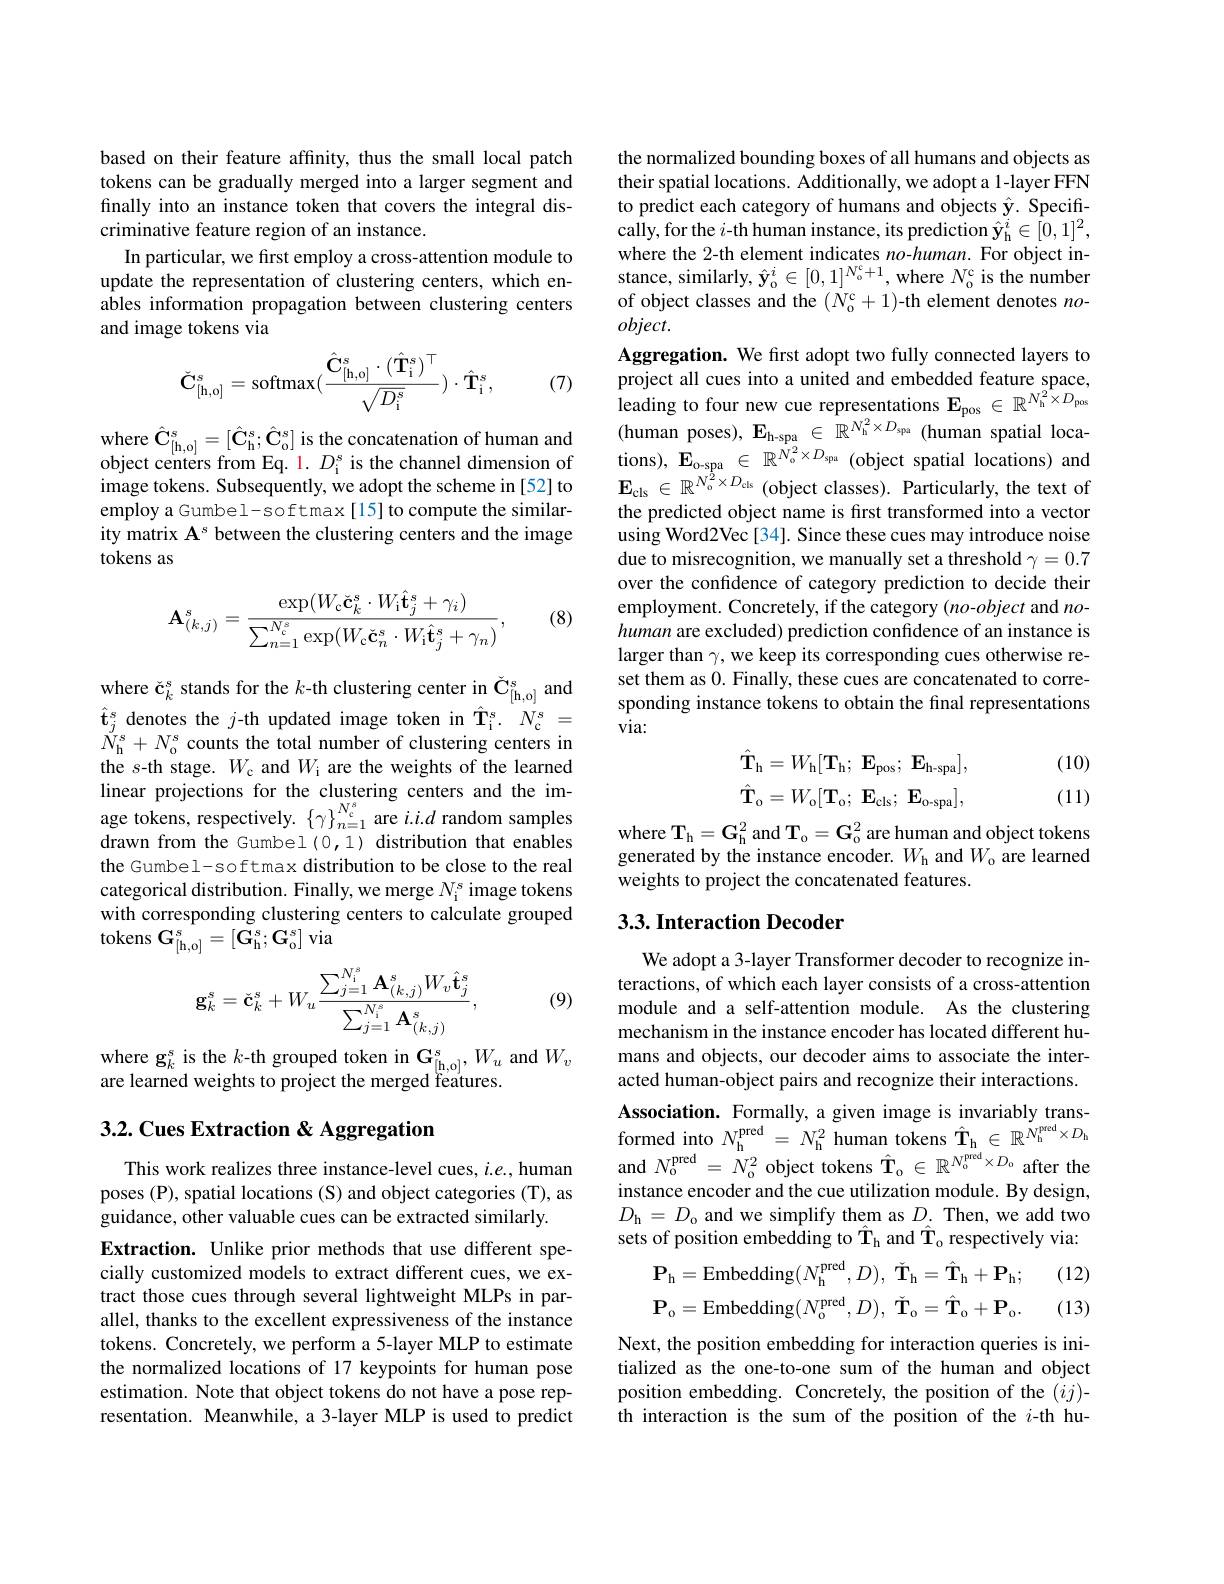
based on their feature affinity, thus the small local patch tokens can be gradually merged into a larger segment and finally into an instance token that covers the integral discriminative feature region of an instance.
In particular, we first employ a cross-attention module to update the representation of clustering centers, which enables information propagation between clustering centers and image tokens via
$$\check{\mathbf{C}}_{[\mathrm{h,o}]}^s=\mathrm{softmax}(\frac{\hat{\mathbf{C}}_{[\mathrm{h,o}]}^s\cdot(\hat{\mathbf{T}}_\mathrm{i}^s)^\top}{\sqrt{D_\mathrm{i}^s}})\cdot\hat{\mathbf{T}}_\mathrm{i}^s,$$
(7)

where $\hat{\mathbf{C}}_{[\mathrm{h},\mathrm{o}]}^{s}=[\hat{\mathbf{C}}_{\mathrm{h}}^{s};\hat{\mathbf{C}}_{\mathrm{o}}^{s}]$ is the concatenation of human and object centers from Eq. 1. $D_{\mathrm{i}}^{\mathrm{s}}$ is the channel dimension of image tokens. Subsequently, we adopt the scheme in [52] to employ a Gumbel- softmax[15] to compute the similarity matrix $\mathbf{A}^s$ between the clustering centers and the image tokens as

(8)
$$\mathbf{A}_{(k,j)}^{s}=\frac{\exp(W_{\mathrm{c}}\check{\mathbf{c}}_{k}^{s}\cdot W_{\mathrm{i}}\hat{\mathbf{t}}_{j}^{s}+\gamma_{i})}{\sum_{n=1}^{N_{\mathrm{c}}^{s}}\exp(W_{\mathrm{c}}\check{\mathbf{c}}_{n}^{s}\cdot W_{\mathrm{i}}\hat{\mathbf{t}}_{j}^{s}+\gamma_{n})},$$
$where \v{c}_k^s stands for the $k$-th clustering center in \v{C}_{[\mathrm{h},\mathrm{o}]}^s$ and $\hat{\mathbf{t}}_{j}^{\mathrm{s}}$ denotes the $j$-th updated image token in $\hat{\mathbf{T} } _{\mathrm{i} }^{\mathrm{s} }.$ $N_{\mathrm{c} }^{\mathrm{s} }=$ $N_{\mathrm{h}}^{s}+N_{\mathrm{o}}^{s}$ counts the total number of clustering centers in the s-th stage. $W_{\mathrm{c}}$ and $W_{\mathrm{i}}$ are the weights of the learned linear projections for the clustering centers and the im- age tokens, respectively. $\{ \gamma \} _{n= 1}^{N_{c}^{s}}$are $i. i. d$ random samples drawn from the Gumbel(0,1) distribution that enables the Gumbel-softmax distribution to be close to the real categorical distribution. Finally, we merge $N_\mathrm{i}^\mathrm{s}$ image tokens with corresponding clustering centers to calculate grouped tokens $\mathbf{G}_{[\mathrm{h,o}]}^{s}=[\mathbf{G}_{\mathrm{h}}^{s};\mathbf{G}_{\mathrm{o}}^{s}]$ via

(9)
$$\mathbf{g}_{k}^{s}=\check{\mathbf{c}}_{k}^{s}+W_{u}\frac{\sum_{j=1}^{N_{\mathrm{i}}^{s}}\mathbf{A}_{(k,j)}^{s}W_{v}\hat{\mathbf{t}}_{j}^{s}}{\sum_{j=1}^{N_{\mathrm{i}}^{s}}\mathbf{A}_{(k,j)}^{s}},$$
where g$_k^{\mathrm{s}}$is the $k$-th grouped token in $\mathbf{G}_{[\mathrm{h,o}]}^{s},W_{u}$ and $W_v$
are learned weights to project the merged features.

# 3.2. Cues Extraction & Aggregation

This work realizes three instance-level cues, $i.e.$, human poses (P), spatial locations (S) and object categories (T), as guidance, other valuable cues can be extracted similarly.

Extraction. Unlike prior methods that use different specially customized models to extract different cues, we extract those cues through several lightweight MLPs in parallel, thanks to the excellent expressiveness of the instance tokens. Concretely, we perform a 5-layer MLP to estimate the normalized locations of 17 keypoints for human pose estimation. Note that object tokens do not have a pose representation. Meanwhile, a 3-layer MLP is used to predict

the normalized bounding boxes of all humans and objects as their spatial locations. Additionally, we adopt a 1-layer FFN to predict each category of humans and objects \hat{\mathbf{y}}. Specifically, for the $i$-th human instance, its prediction $\hat{\mathbf{y}}_{\mathrm{h}}^i\in[0,1]^2$, where the 2-th element indicates no-human. For object instance, similarly, $\hat{\mathbf{y}}_{\mathrm{o}}^{i}\in[0,1]^{N_{\mathrm{o}}^{\mathrm{c}}+1}$, where $N_{\mathrm{o}}^{\mathrm{c}}$ is the number of object classes and the $(N_{\mathrm{o}}^{\mathrm{c}}+1)$-th element denotes $no$- $object.$
Aggregation. We first adopt two fully connected layers to project all cues into a united and embedded feature space, leading to four new cue representations $\mathbf{E}_\mathrm{pos}\in\mathbb{R}^{N_\mathrm{h}^2\times D_\mathrm{pos}}$ (human poses), $\mathbf{E}_\mathrm{h-spa}\in{\hat{R}^{N_{h}^{2}\times D_{spa}}}($human spatial locations), $\mathbf{E}_{\mathrm{o-spa}}\in\mathbb{R}^{N_{\mathrm{o}}^{2}\times D_{\mathrm{spa}}}($object spatial locations) and $\mathbf{E}_{\mathrm{cls}}\in\mathbb{R}^{N_{\mathrm{o}}^{2}\times D_{\mathrm{cls}}}$ (object classes). Particularly, the text of the predicted object name is first transformed into a vector using Word2Vec[34]. Since these cues may introduce noise due to misrecognition, we manually set a threshold $\gamma=0.7$ over the confidence of category prediction to decide their employment. Concretely, if the category (no-object and nohuman are excluded) prediction confidence of an instance is larger than $\gamma$, we keep its corresponding cues otherwise reset them as 0. Finally, these cues are concatenated to corresponding instance tokens to obtain the final representations via:
$$\hat{\mathbf{T}}_{\mathrm{h}}=W_{\mathrm{h}}[\mathbf{T}_{\mathrm{h}};\:\mathbf{E}_{\mathrm{pos}};\:\mathbf{E}_{\mathrm{h-spa}}],\\\hat{\mathbf{T}}_{\mathrm{o}}=W_{\mathrm{o}}[\mathbf{T}_{\mathrm{o}};\:\mathbf{E}_{\mathrm{cls}};\:\mathbf{E}_{\mathrm{o-spa}}],$$
(10)

(11)

$\begin{array}{l}\mathrm{where~T_h=G_h^2~and~T_o=G_o^2~are~human~and~object~tokens}\\\mathrm{generated~by~the~instance~encoder.~}W_\mathrm{h~and~}W_\mathrm{o~are~learned}\end{array}$
weights to project the concatenated features.

## 3.3. Interaction Decoder

We adopt a 3-layer Transformer decoder to recognize interactions, of which each layer consists of a cross-attention module and a self-attention module. As the clustering mechanism in the instance encoder has located different humans and objects, our decoder aims to associate the interacted human-object pairs and recognize their interactions. Association. Formally, a given image is invariably transformed into $N_{\mathrm{h}}^{\mathrm{pred}}=N_{\mathrm{h}}^{2}$ human tokens $\hat{\mathbf{T}}_{\mathrm{h}}\in\mathbb{R}^{N_{\mathrm{h}}^{\mathrm{pred}}\times D_{\mathrm{h}}}$ and $N_{\mathrm{o}}^{\mathrm{pred}}=N_{\mathrm{o}}^{2}$ object tokens $\hat{\mathbf{T}}_{\mathrm{o}}\in\mathbb{R}^{N_{\mathrm{o}}^{\mathrm{pred}}\times D_{\mathrm{o}}}$ after the instance encoder and the cue utilization module. By design, $D_{\mathrm{h}}=D_{\mathrm{o}}$ and we simplify them as $D.$ Then, we add two sets of position embedding to $\hat{\mathbf{T}}_{\mathrm{h}}$ and $\hat{\mathbf{T}}_{\mathrm{o}}$ respectively via:
(12)
$$\mathbf{P_{h}}=\mathrm{Embedding}(N_{\mathrm{h}}^{\mathrm{pred}},D),\:\check{\mathbf{T}}_{\mathrm{h}}=\hat{\mathbf{T}}_{\mathrm{h}}+\mathbf{P}_{\mathrm{h}};\\\mathbf{P_{o}}=\mathrm{Embedding}(N_{\mathrm{o}}^{\mathrm{pred}},D),\:\check{\mathbf{T}}_{\mathrm{o}}=\hat{\mathbf{T}}_{\mathrm{o}}+\mathbf{P}_{\mathrm{o}}.$$
(13)

Next, the position embedding for interaction queries is initialized as the one-to-one sum of the human and object position embedding. Concretely, the position of the $(ij)$- th interaction is the sum of the position of the $i$-th hu-